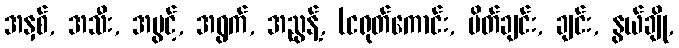
အနှစ်, အသီး, အပွင့်, အရွက်, အညွန့်, (ငရုတ်ကောင်း, ပိတ်ချင်း, ချင်း, နွယ်ချို,